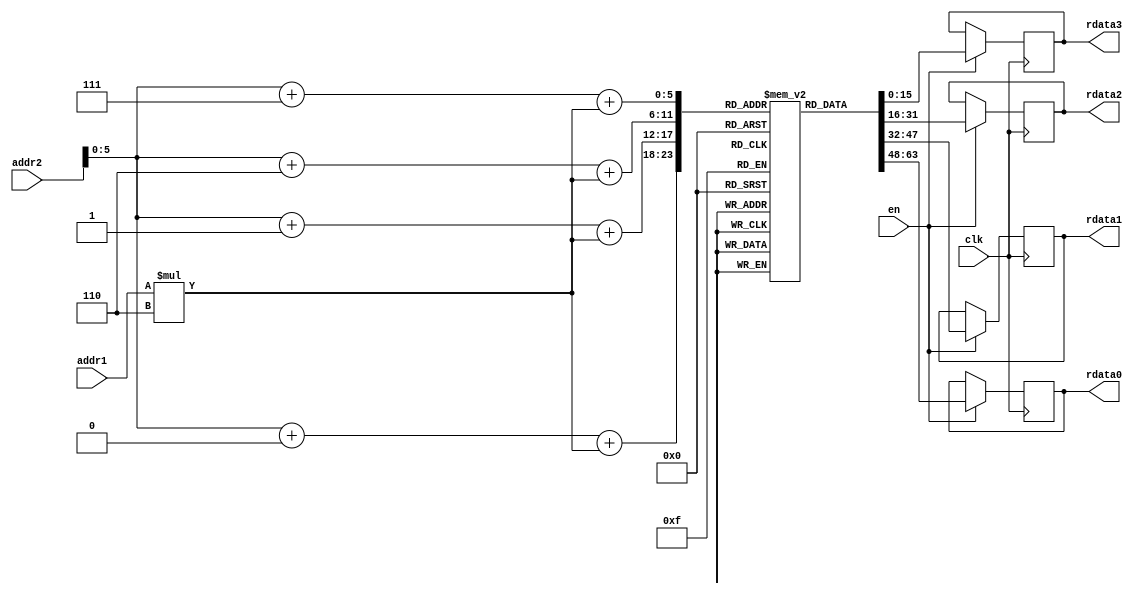
`timescale 1ns / 1ps
//////////////////////////////////////////////////////////////////////////////////
// Company: 
// Engineer: 
// 
// Design Name: 
// Module Name: memory_rstl_conv
// Project Name: 
// Target Devices: 
// Tool Versions: 
// Description: 
// 
// Dependencies: 
// 
// Revision:
// Revision 0.01 - File Created
// Additional Comments:
// 
//////////////////////////////////////////////////////////////////////////////////


module memory_rstl_conv
#(
//MaxPooling
parameter addressWidthConv=10, dataWidthConv=16,

parameter n_c = 5'd4,  //number of column matrix image 
parameter n_r = 5'd3,  //number of rows matrix image 
parameter col_fil = 5'd2, //number of columns of filter
parameter row_fil = 5'd2, //number of rows of filter
                       
parameter s0 = 4'b0000, s1 = 4'b0001, s2 = 4'b0010, s3 = 4'b0011, s4 = 4'b0100,
parameter s5 = 4'b0101, s6 = 4'b0110, s7 = 4'b0111, s8 = 4'b1000, s9 = 4'b1001,
parameter s10 = 4'b1010, s11 = 4'b1011, s12 = 4'b1100, s13 = 4'b1101, s14 = 4'b1110,

//counter for memory of result of convolution
parameter counterWidth= 10,
 
//memory image
parameter numWeightImg = 36, 
parameter addressWidthImg=10, dataWidthImg= 16
//parameter weightFileImg="/home/javier/Documents/fpga_implementations_of_neural_networks/CNN/02_hardware/01_test_vivado/project_7/project_7.srcs/sources_1/new/image.mem"
      	
//memory_rstl_max
//parameter numWeightRstlConv = 676,
//parameter addressWidthRstlConv=10, 
//parameter dataWidthRstlConv=8
)
( 
    input clk,
    input en,
    input [addressWidthImg-1:0] addr1,
    input [addressWidthImg-1:0] addr2,

    output reg [dataWidthImg-1:0] rdata0,
    output reg [dataWidthImg-1:0] rdata1,
    output reg [dataWidthImg-1:0] rdata2,
    output reg [dataWidthImg-1:0] rdata3     
    
);
    
    reg [dataWidthImg-1:0] register[numWeightImg-1:0];

    
    wire [11-1:0] p_img_0;
    wire [11-1:0] p_img_1;
    wire [11-1:0] p_img_2;
    wire [11-1:0] p_img_3;


//    initial
//	   begin
//	        $readmemb(weightFileImg, register);
//	    end
    
initial //Image
begin
register[0] =  -16'd0;
register[1] =  -16'd1;
register[2] =  -16'd2;
register[3] =  -16'd3;
register[4] =  -16'd4;
register[5] =  -16'd5;
register[6] =  -16'd6;
register[7] =  -16'd7;
register[8] =  -16'd8;
register[9] =  -16'd9;
register[10] = -16'd10;
register[11] = -16'd11;
register[12] =  -16'd12;
register[13] =  -16'd13;
register[14] =  -16'd14;
register[15] =  -16'd15;
register[16] =  -16'd16;
register[17] =  -16'd17;
register[18] =  -16'd18;
register[19] =  -16'd19;
register[20] =  -16'd20;
register[21] =  -16'd21;
register[22] = -16'd22;
register[23] = -16'd23;
register[24] = -16'd24;
register[25] = -16'd25;
register[26] = -16'd26;
register[27] = -16'd27;
register[28] = -16'd28;
register[29] = -16'd29;
register[30] = -16'd30;
register[31] = -16'd31;
register[32] = -16'd32;
register[33] = -16'd33;
register[34] = -16'd34;
register[35] = -16'd35;
end    


    assign p_img_0 = (addr2 + 0) + (addr1*3'd6);
    assign p_img_1 = (addr2 + 1) + (addr1*3'd6);
    assign p_img_2 = (addr2 + 6) + (addr1*3'd6);
    assign p_img_3 = (addr2 + 7) + (addr1*3'd6);    
     
   
    always @(posedge clk)
    begin
        if (en)
        begin
            rdata0 <= register[p_img_0];
            rdata1 <= register[p_img_1];
            rdata2 <= register[p_img_2];
            rdata3 <= register[p_img_3];
        end
    end 
endmodule